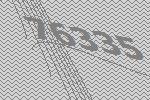
76335